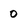
Character: 0